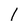
Character: 1